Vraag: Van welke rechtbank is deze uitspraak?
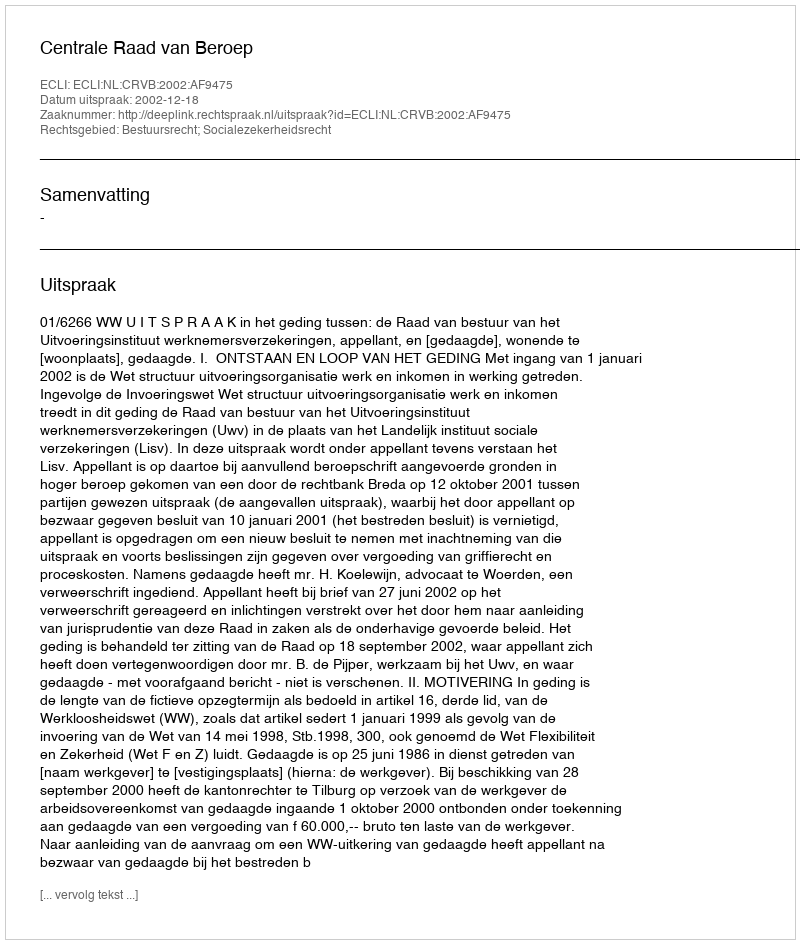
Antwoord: Centrale Raad van Beroep